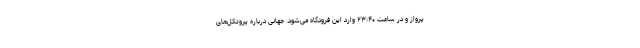
پرواز و در ساعت ۲۳:۴۰ وارد این فرودگاه می‌شود. جهانی درباره پروتکل‌های